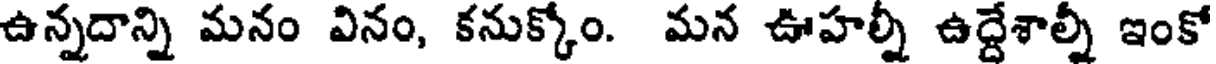
ఉన్నదాన్ని మనం వినం, కనుక్కోం. మన ఊహల్నీ ఉద్దేశాల్నీ ఇంకో